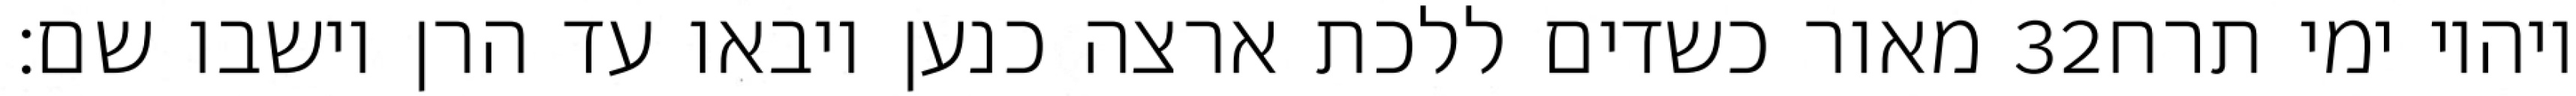
מאור כשדים ללכת ארצה כנען ויבאו עד הרן וישבו שם׃ ‎32‏ ויהיו ימי תרח